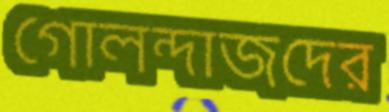
গোলন্দাজদের